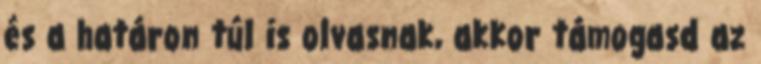
és a határon túl is olvasnak, akkor támogasd az